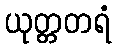
ယုတ္တတရံ